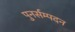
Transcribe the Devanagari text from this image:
पुनर्सम्पदन